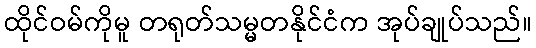
ထိုင်ဝမ်ကိုမူ တရုတ်သမ္မတနိုင်ငံက အုပ်ချုပ်သည်။